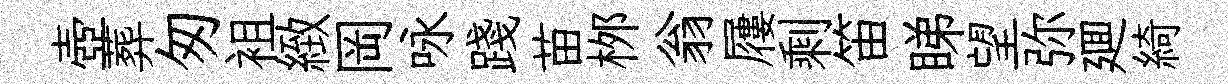
壺葬匆袓緻岡咏踐苗桞翁屨剩笛睇望弥廽綺